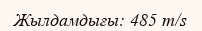
Жылдамдығы: 485 m/s